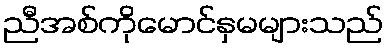
ညီအစ်ကိုမောင်နှမများသည်